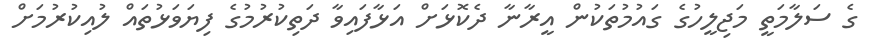
ގެ ސަލާމަތީ މަޖިލީހުގެ ގައުމުތަކުން އީރާނާ ދެކޮޅަށް އަޅާފައިވާ ދަތިކުރުމުގެ ފިޔަވަޅުތައް ލުއިކުރުމަށް